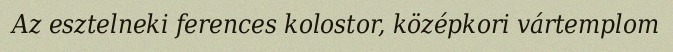
Az esztelneki ferences kolostor, középkori vártemplom